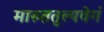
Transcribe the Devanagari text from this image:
मारुततुल्यवेगं